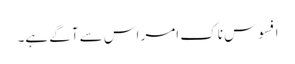
افسوس ناک امر اس سے آگے ہے۔